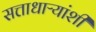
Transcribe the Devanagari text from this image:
सत्ताधाऱ्यांशी